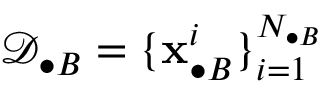
\mathcal { D } _ { \bullet B } = \{ \mathbf { x } _ { \bullet B } ^ { i } \} _ { i = 1 } ^ { N _ { \bullet B } }